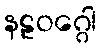
နဠဝဂ္ဂေါ